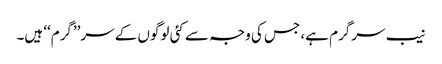
نیب سرگرم ہے، جس کی وجہ سے کئی لوگوں کے سر’’گرم‘‘ ہیں۔